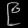
Digit: ၉